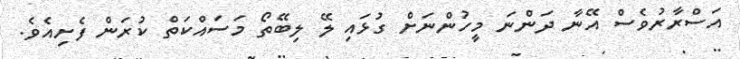
އަސްރާރުވެސް އޭނާ ދަންނަ މީހުންނަށް ގުޅައި ލޭ ލިބޭތޯ މަސައްކަތް ކުރަން ފެށިއެވެ.